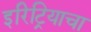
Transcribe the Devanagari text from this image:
इरिट्रियाचा